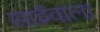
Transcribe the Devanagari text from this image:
साईंवाला